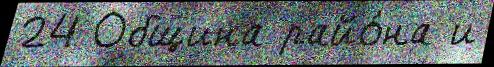
24 Община райо́на и